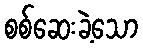
စစ်ဆေးခဲ့သော